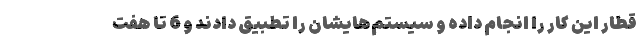
قطار این کار را انجام داده و سیستم‌هایشان را تطبیق دادند و 6 تا هفت